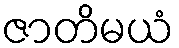
ဇာတိမယံ